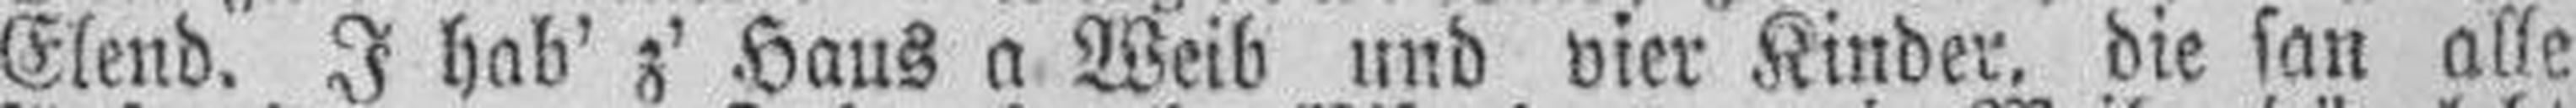
Elend. J hab' z' Haus a Weib und vier Kinder, die san alle